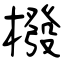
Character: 橃